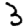
Digit: 3